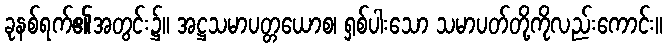
ခုနစ်ရက်၏အတွင်း၌။ အဋ္ဌသမာပတ္တယောစ၊ ရှစ်ပါးသော သမာပတ်တို့ကိုလည်းကောင်း။